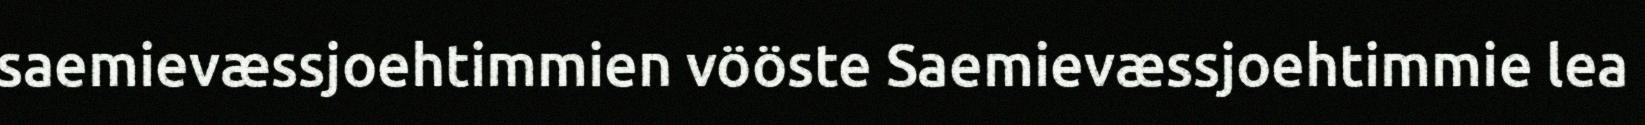
saemievæssjoehtimmien vööste Saemievæssjoehtimmie lea